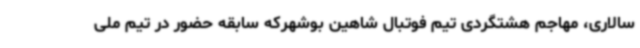
سالاری، مهاجم هشتگردی تیم فوتبال شاهین بوشهرکه سابقه حضور در تیم ملی